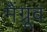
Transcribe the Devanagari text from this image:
मैंग्रूव